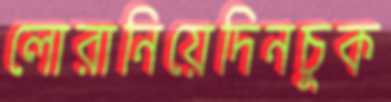
লোরানিয়েদিনচুক